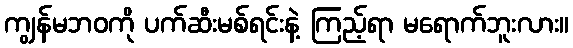
ကျွန်မဘဝကို ပက်ဆီးမစ်ရင်းနဲ့ ကြည့်ရာ မရောက်ဘူးလား။